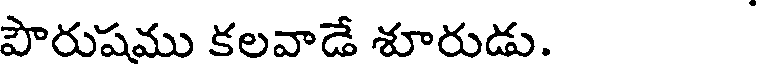
పౌరుషము కలవాడే శూరుడు.